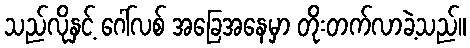
သည်လိုနှင့် ဂေါ်လစ် အခြေအနေမှာ တိုးတက်လာခဲ့သည်။